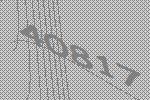
40817